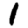
Digit: 1